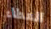
العطاء